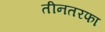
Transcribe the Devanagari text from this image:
तीनतरफा